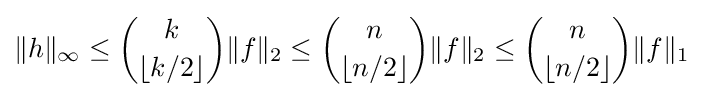
\|h\|_{\infty }\leq {\binom {k}{\lfloor k/2\rfloor }}\|f\|_{2}\leq {\binom {n}{\lfloor n/2\rfloor }}\|f\|_{2}\leq {\binom {n}{\lfloor n/2\rfloor }}\|f\|_{1}